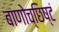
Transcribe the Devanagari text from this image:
बाणोच्छिष्टं